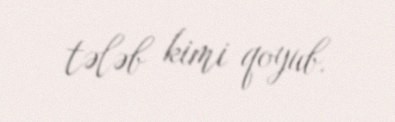
tələb kimi qoyub.